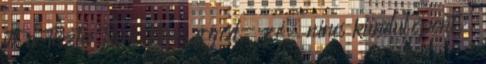
itt a Tiszta Tánc Nincs fogód- zó, nincs kiindulópont,